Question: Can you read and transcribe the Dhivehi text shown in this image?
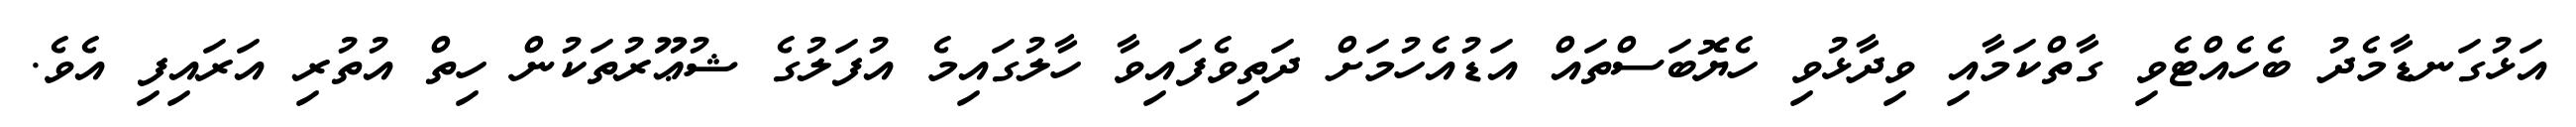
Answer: އަޅުގަނޑާމެދު ބެހެއްޓެވި ގާތްކަމާއި ވިދާޅުވި ހެޔޮބަސްތައް އަޑުއެހުމަށް ދަތިވެފައިވާ ހާލުގައިމެ އުފަލުގެ ޝުޢޫރުތަކުން ހިތް އުތުރި އަރައިފި އެވެ.